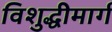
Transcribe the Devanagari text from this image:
विशुद्धीमार्ग